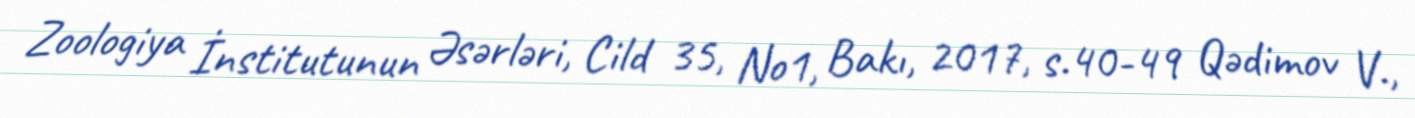
Zoologiya İnstitutunun Əsərləri, Cild 35, No1, Bakı, 2017, s.40-49 Qədimov V.,